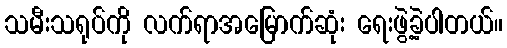
သမီးသရုပ်ကို လက်ရာအမြောက်ဆုံး ရေးဖွဲ့ခဲ့ပါတယ်။